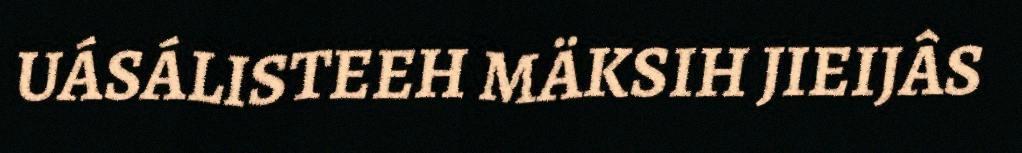
UÁSÁLISTEEH MÄKSIH JIEIJÂS